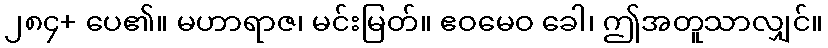
၂၈၄+ ပေ၏။ မဟာရာဇ၊ မင်းမြတ်။ ဧဝမေဝ ခေါ၊ ဤအတူသာလျှင်။